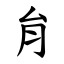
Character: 䏍